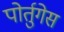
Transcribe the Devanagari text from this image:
पोर्तुगेस